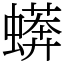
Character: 蠎